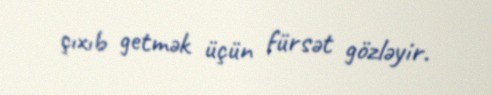
çıxıb getmək üçün fürsət gözləyir.